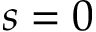
s = 0